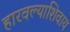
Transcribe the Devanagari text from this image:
हारवल्याशिवाय